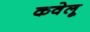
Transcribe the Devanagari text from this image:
कवेलू